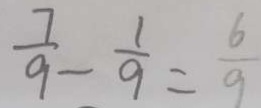
\frac { 7 } { 9 } - \frac { 1 } { 9 } = \frac { 6 } { 9 }